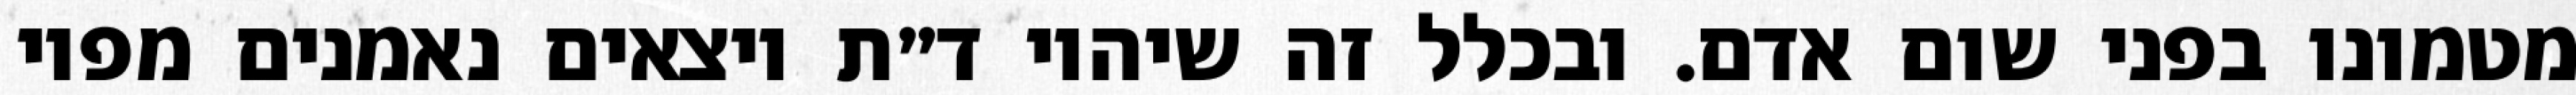
מטמונו בפני שום אדם. ובכלל זה שיהיו ד״ת יוצאים נאמנים מפיו